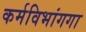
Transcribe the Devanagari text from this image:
कर्मविभांगगा